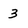
Character: 3